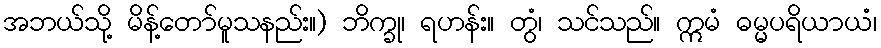
အဘယ်သို့ မိန့်တော်မူသနည်း။) ဘိက္ခု၊ ရဟန်း။ တွံ၊ သင်သည်။ ဣမံ ဓမ္မပရိယာယံ၊